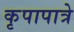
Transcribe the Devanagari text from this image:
कृपापात्रे